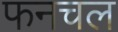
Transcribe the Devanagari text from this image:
फनचल